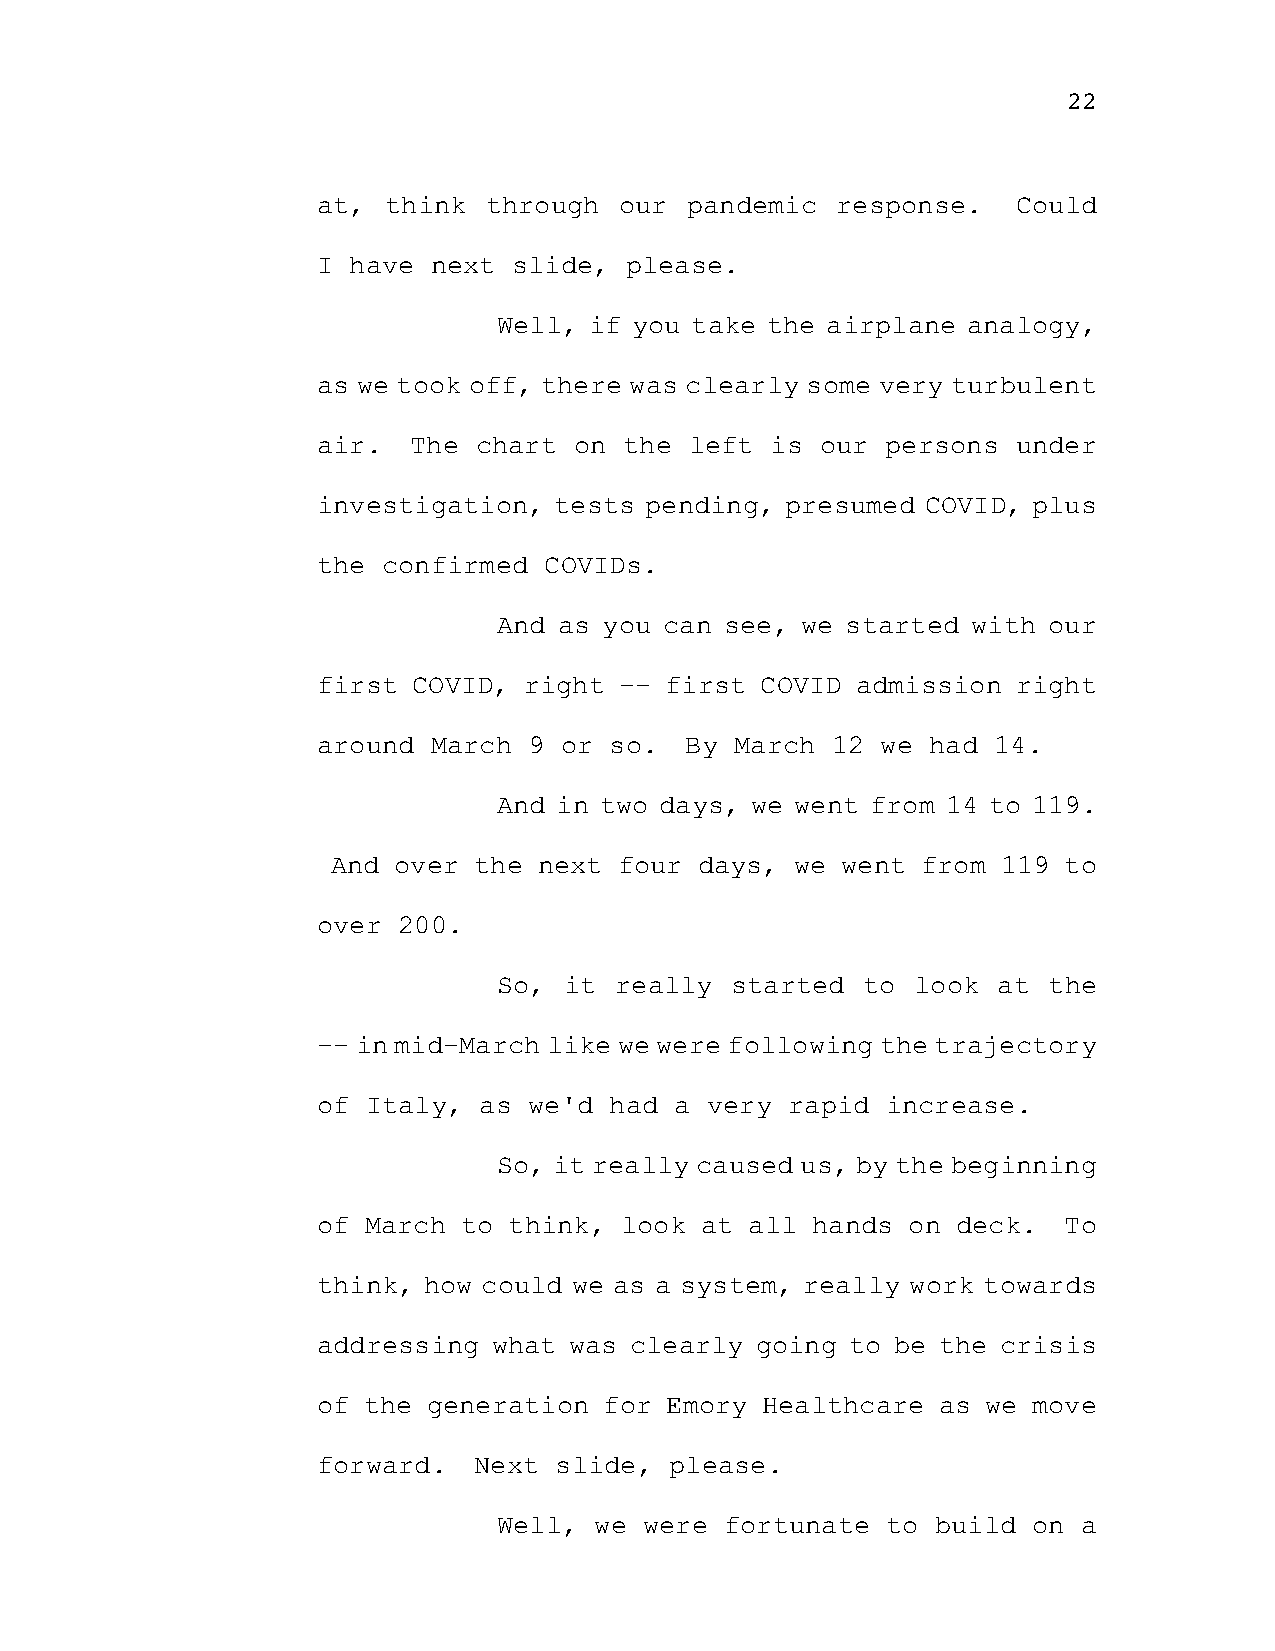
22
 at, think  through  our pandemic  response.   Could
 I have  next slide, please.
 Well, if you take the airplane analogy,
 as we took off, there was clearly some very turbulent
 air.  The chart  on the  left is our  persons under
 investigation,  tests pending, presumed COVID, plus
 the confirmed  COVIDs.
 And as you can see, we started with our
 first COVID,  right -- first COVID  admission right
 around  March 9 or so.  By  March 12 we  had 14.
 And in two days, we went from 14 to 119.
 And over the  next four days,  we went from 119 to
 over 200.
 So, it  really started  to  look at the
 -- in mid-March like we were following the trajectory
 of Italy,  as we'd had  a very rapid  increase.
 So, it really caused us, by the beginning
 of March  to think, look at  all hands on deck.  To
 think, how could we as a system, really work towards
 addressing  what was clearly going to be the crisis
 of the generation  for Emory Healthcare  as we move
 forward.  Next  slide, please.
 Well, we  were fortunate  to build on  a